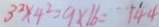
3 ^ { 2 } \times 4 ^ { 2 } = 9 \times 1 6 = 1 4 4